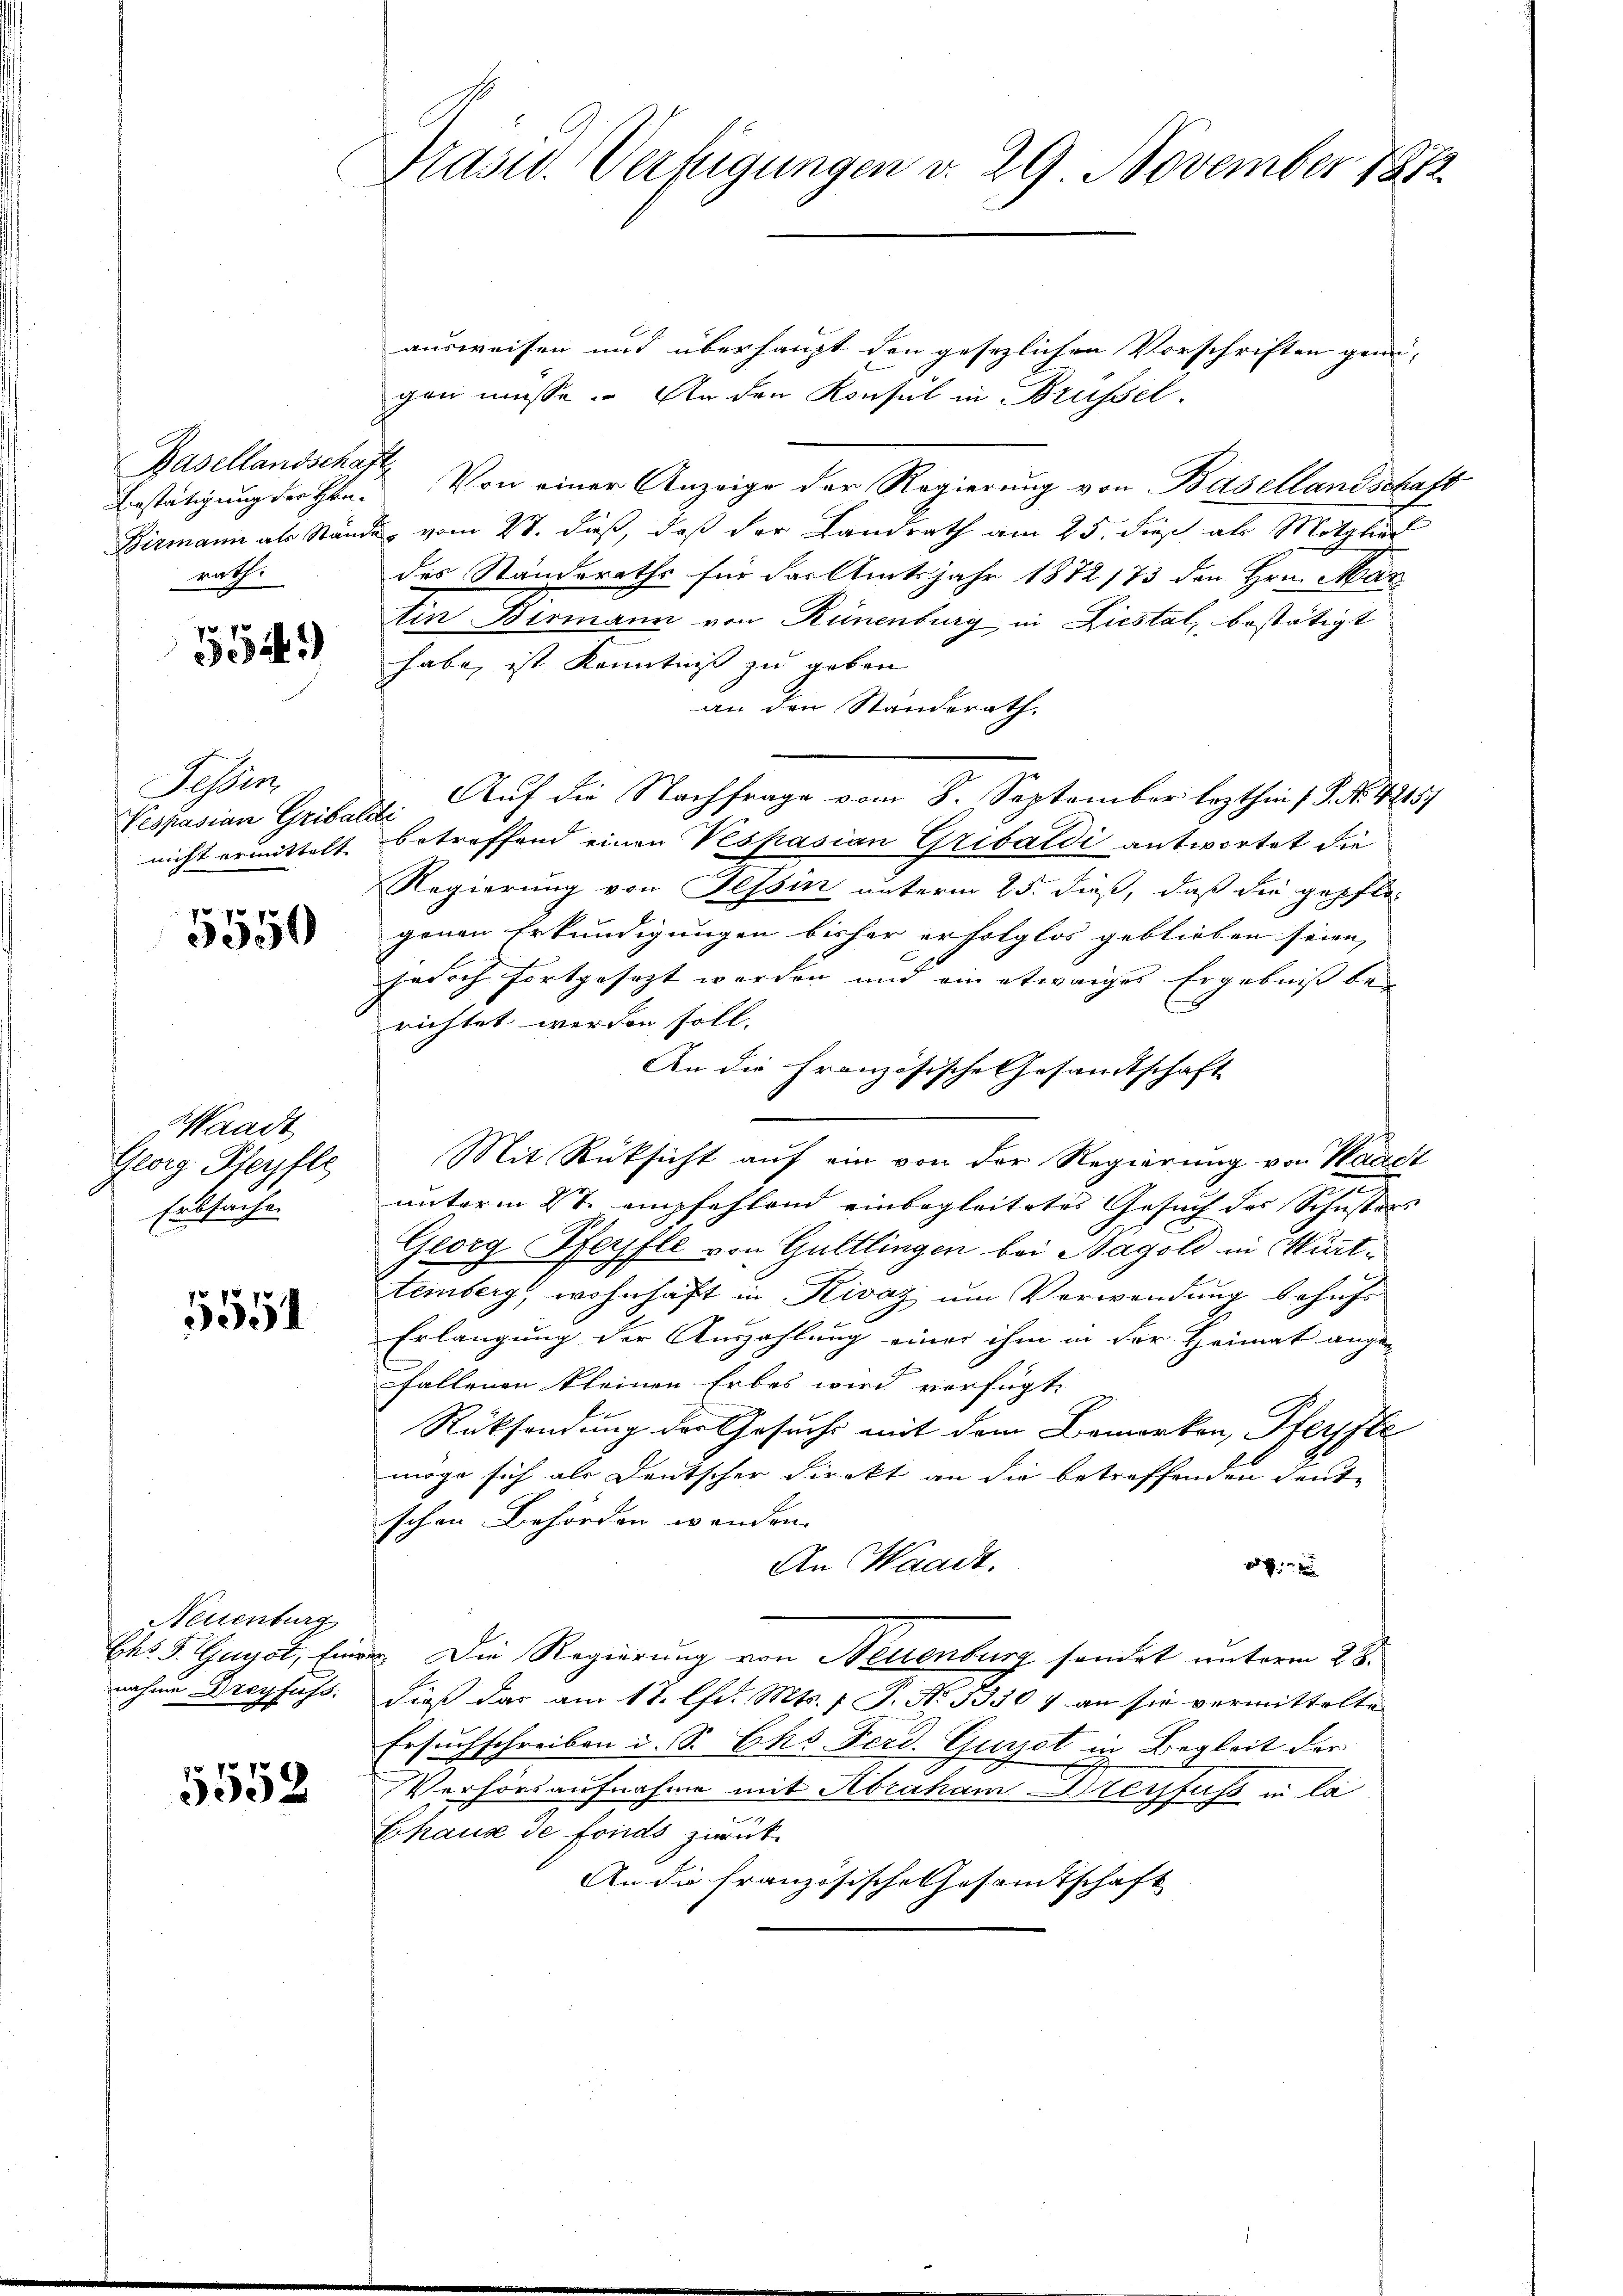
Basellandschaft
Bestätigung der Hanrath.

7 x
3044.)

Fessen
Vespasian Gribaldi
nicht ermittelt

5550

Waadt
Georg Steyfle
Erbsache.

5551

Neuenburg
Chr. F. Geist, Einr
nahme Dreyfuss.

5552

Prasw. Verfügungen v. 29 November 1872

ausweisen und überhaupt den gesezlichen Vorschriften gemei-
gen müsse. An den Konsul in Brüssel
Von einer Anzeige der Regierung von Basellandschaft
Birmann als Stände, vom 27. dieß, daß der Landrath am 25. dieß als Mitglied
des Standeraths für das Amtsjahr 1872/73 den Hrn. Mar
Ain Bermann von Rünenburg in Liestal, bestätigt
habe, ist Kenntniß zu geben
an den Standsrath,
Auf die Nachfrage vom 8. September lezthin 1 S. Nr. 4245.
betreffend einen Vespasian Gribaldi antwortet die
Regierung von Tessin unterm 25. dieß, daß die gepflo-
genen Erkundigungen bisher erfolglos geblieben seien, |
jedoch fortgesezt werden und ein etwaiges Ergebniß bei
richtet werden soll. |
An die Französische Gesandtschaft
Mit Rücksicht auf ein von der Regierung von Waadt
unterm 2t empfehlend einbegleitetes Gesuch des Schusters
Georg Pferfle von Guttlingen bei Bagold in Württemberg, wohnhaft in Rivaz um Verwendung behufs
Erlangung der Auszahlung einer ihm in der Heimat ange-
fallenen kleinen Erbes wird verfügt:
Rücksendung der Gesuchs mit dem Bemerken, Pferpfle
möge sich als Deutscher Direkt an die betreffenden deut-
schen Behörden wenden.
An Waadt.
ge
. Die Regierung von Neuenburg sondet unterm 28.
dieß das am 17. Chr. Mts. (T. No. 5330 f an sie vermittelte
Ersuchschreiben u. S. Ehs Ferd. Gurst in Begleit der
Verhörsaufnahme mit Abraham Dreyfuss in la
Chause de fonds zurück¬
An die französische Gesamtschaft